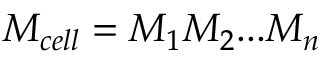
M _ { c e l l } = M _ { 1 } M _ { 2 } . . . M _ { n }